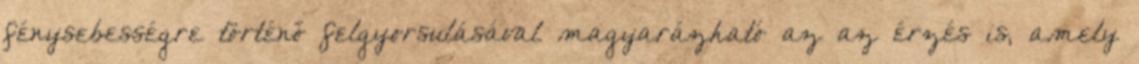
fénysebességre történő felgyorsulásával magyarázható az az érzés is, amely